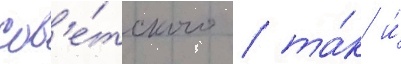
сов'е́тского / та́к и́